Madras plague regulations and rules for district municipalities and other towns and villages
Disease focus: Plague
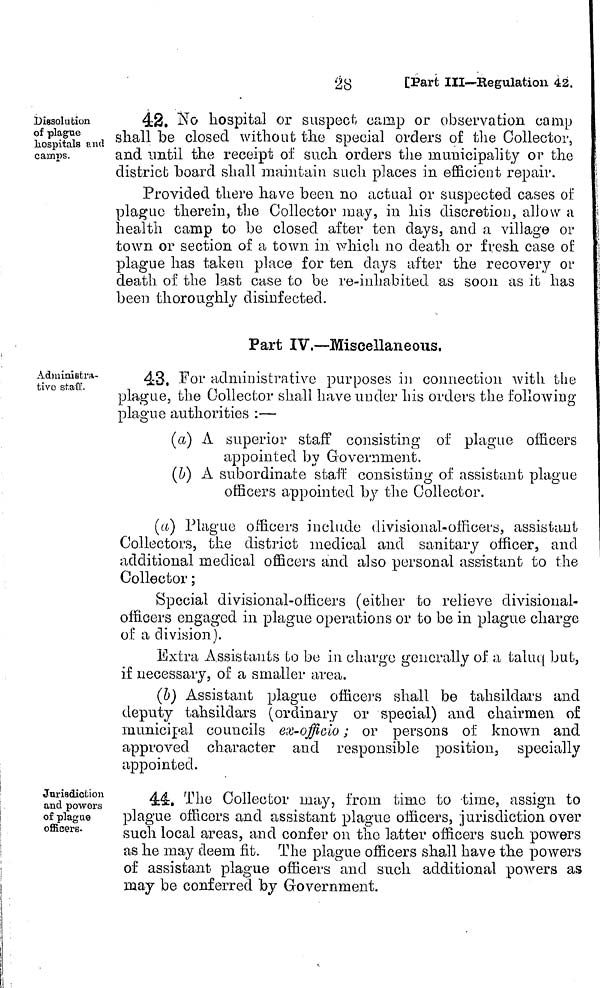
28
[Part III—Regulation 42.
Dissolution
of plague
hospitals and
camps.
42. No hospital or suspect camp or observation camp
shall be closed without the special orders of the Collector,
and until the receipt of such orders the municipality or the
district board shall maintain such places in efficient repair.
Provided there have been no actual or suspected cases of
plague therein, the Collector may, in his discretion, allow a
health camp to be closed after ten days, and a village or
town or section of a town in which no death or fresh case of
plague has taken place for ten days after the recovery or
death of the last case to be re-inhabited as soon as it has
been thoroughly disinfected.
Part IV.—Miscellaneous.
Administra-
tive staff.
43. For administrative purposes in connection with the
plague, the Collector shall have under his orders the following
plague authorities :—
(a) A superior staff consisting of plague officers
appointed by Government.
(b) A subordinate staff consisting of assistant plague
officers appointed by the Collector.
(a) Plague officers include divisional-officers, assistant
Collectors, the district medical and sanitary officer, and
additional medical officers and also personal assistant to the
Collector ;
Special divisional-officers (either to relieve divisional-
officers engaged in plague operations or to be in plague charge
of a division).
Extra Assistants to be in charge generally of a taluq but,
if necessary, of a smaller area,
(b) Assistant plague officers shall be tahsildars and
deputy tahsildars (ordinary or special) and chairmen of
municipal councils ex-officio ; or persons of known and
approved, character and responsible position, specially
appointed.
Jurisdiction
and powers
of plague
officers.
44. The Collector may, from time to time, assign to
plague officers and assistant plague officers, jurisdiction over
such local areas, and confer on the latter officers such powers
as he may deem fit. The plague officers shall have the powers
of assistant plague officers and such additional powers as
may be conferred by Government.